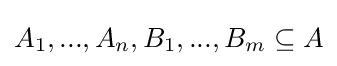
A_{1},...,A_{n},B_{1},...,B_{m}\subseteq A